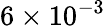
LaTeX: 6\times 10^{-3}